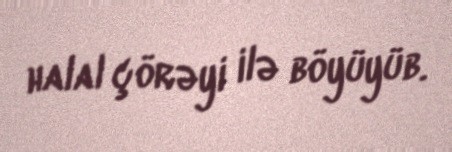
halal çörəyi ilə böyüyüb.